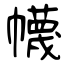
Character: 幭